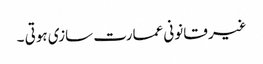
غیر قانونی عمارت سازی ہوتی ۔